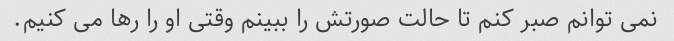
نمی توانم صبر کنم تا حالت صورتش را ببینم وقتی او را رها می کنیم.